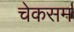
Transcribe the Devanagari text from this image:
चेकसम